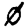
Digit: 0